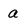
Character: a